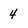
Character: 4